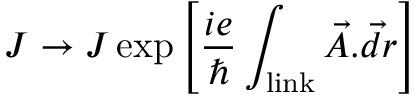
J \rightarrow J \exp \left[ { \frac { i e } { \hbar } \int _ { \mathrm { l i n k } } \vec { A } . \vec { d r } } \right]